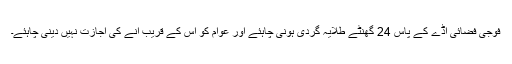
فوجی فضائی اڈے کے پاس 24 گھنٹے طلایہ گردی ہونی چاہئے اور عوام کو اِس کے قریب آنے کی اجازت نہیں دینی چاہئے۔